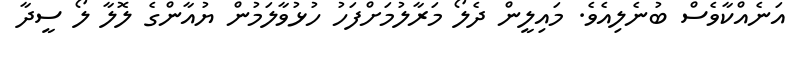
އަނެއްކާވެސް ބުނެލިއެވެ. މައިލީން ދެލޯ މަރާލުމަށްފަހު ހުޅުވާލަމުން ޔުއާންގެ ލޮލާ ލޯ ސީދާ